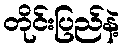
တိုင်းပြည်နဲ့